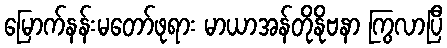
မြောက်နန်းမတော်ဖုရား မာယာအန်တိုနိုဗနာ ကြွလာပြီ